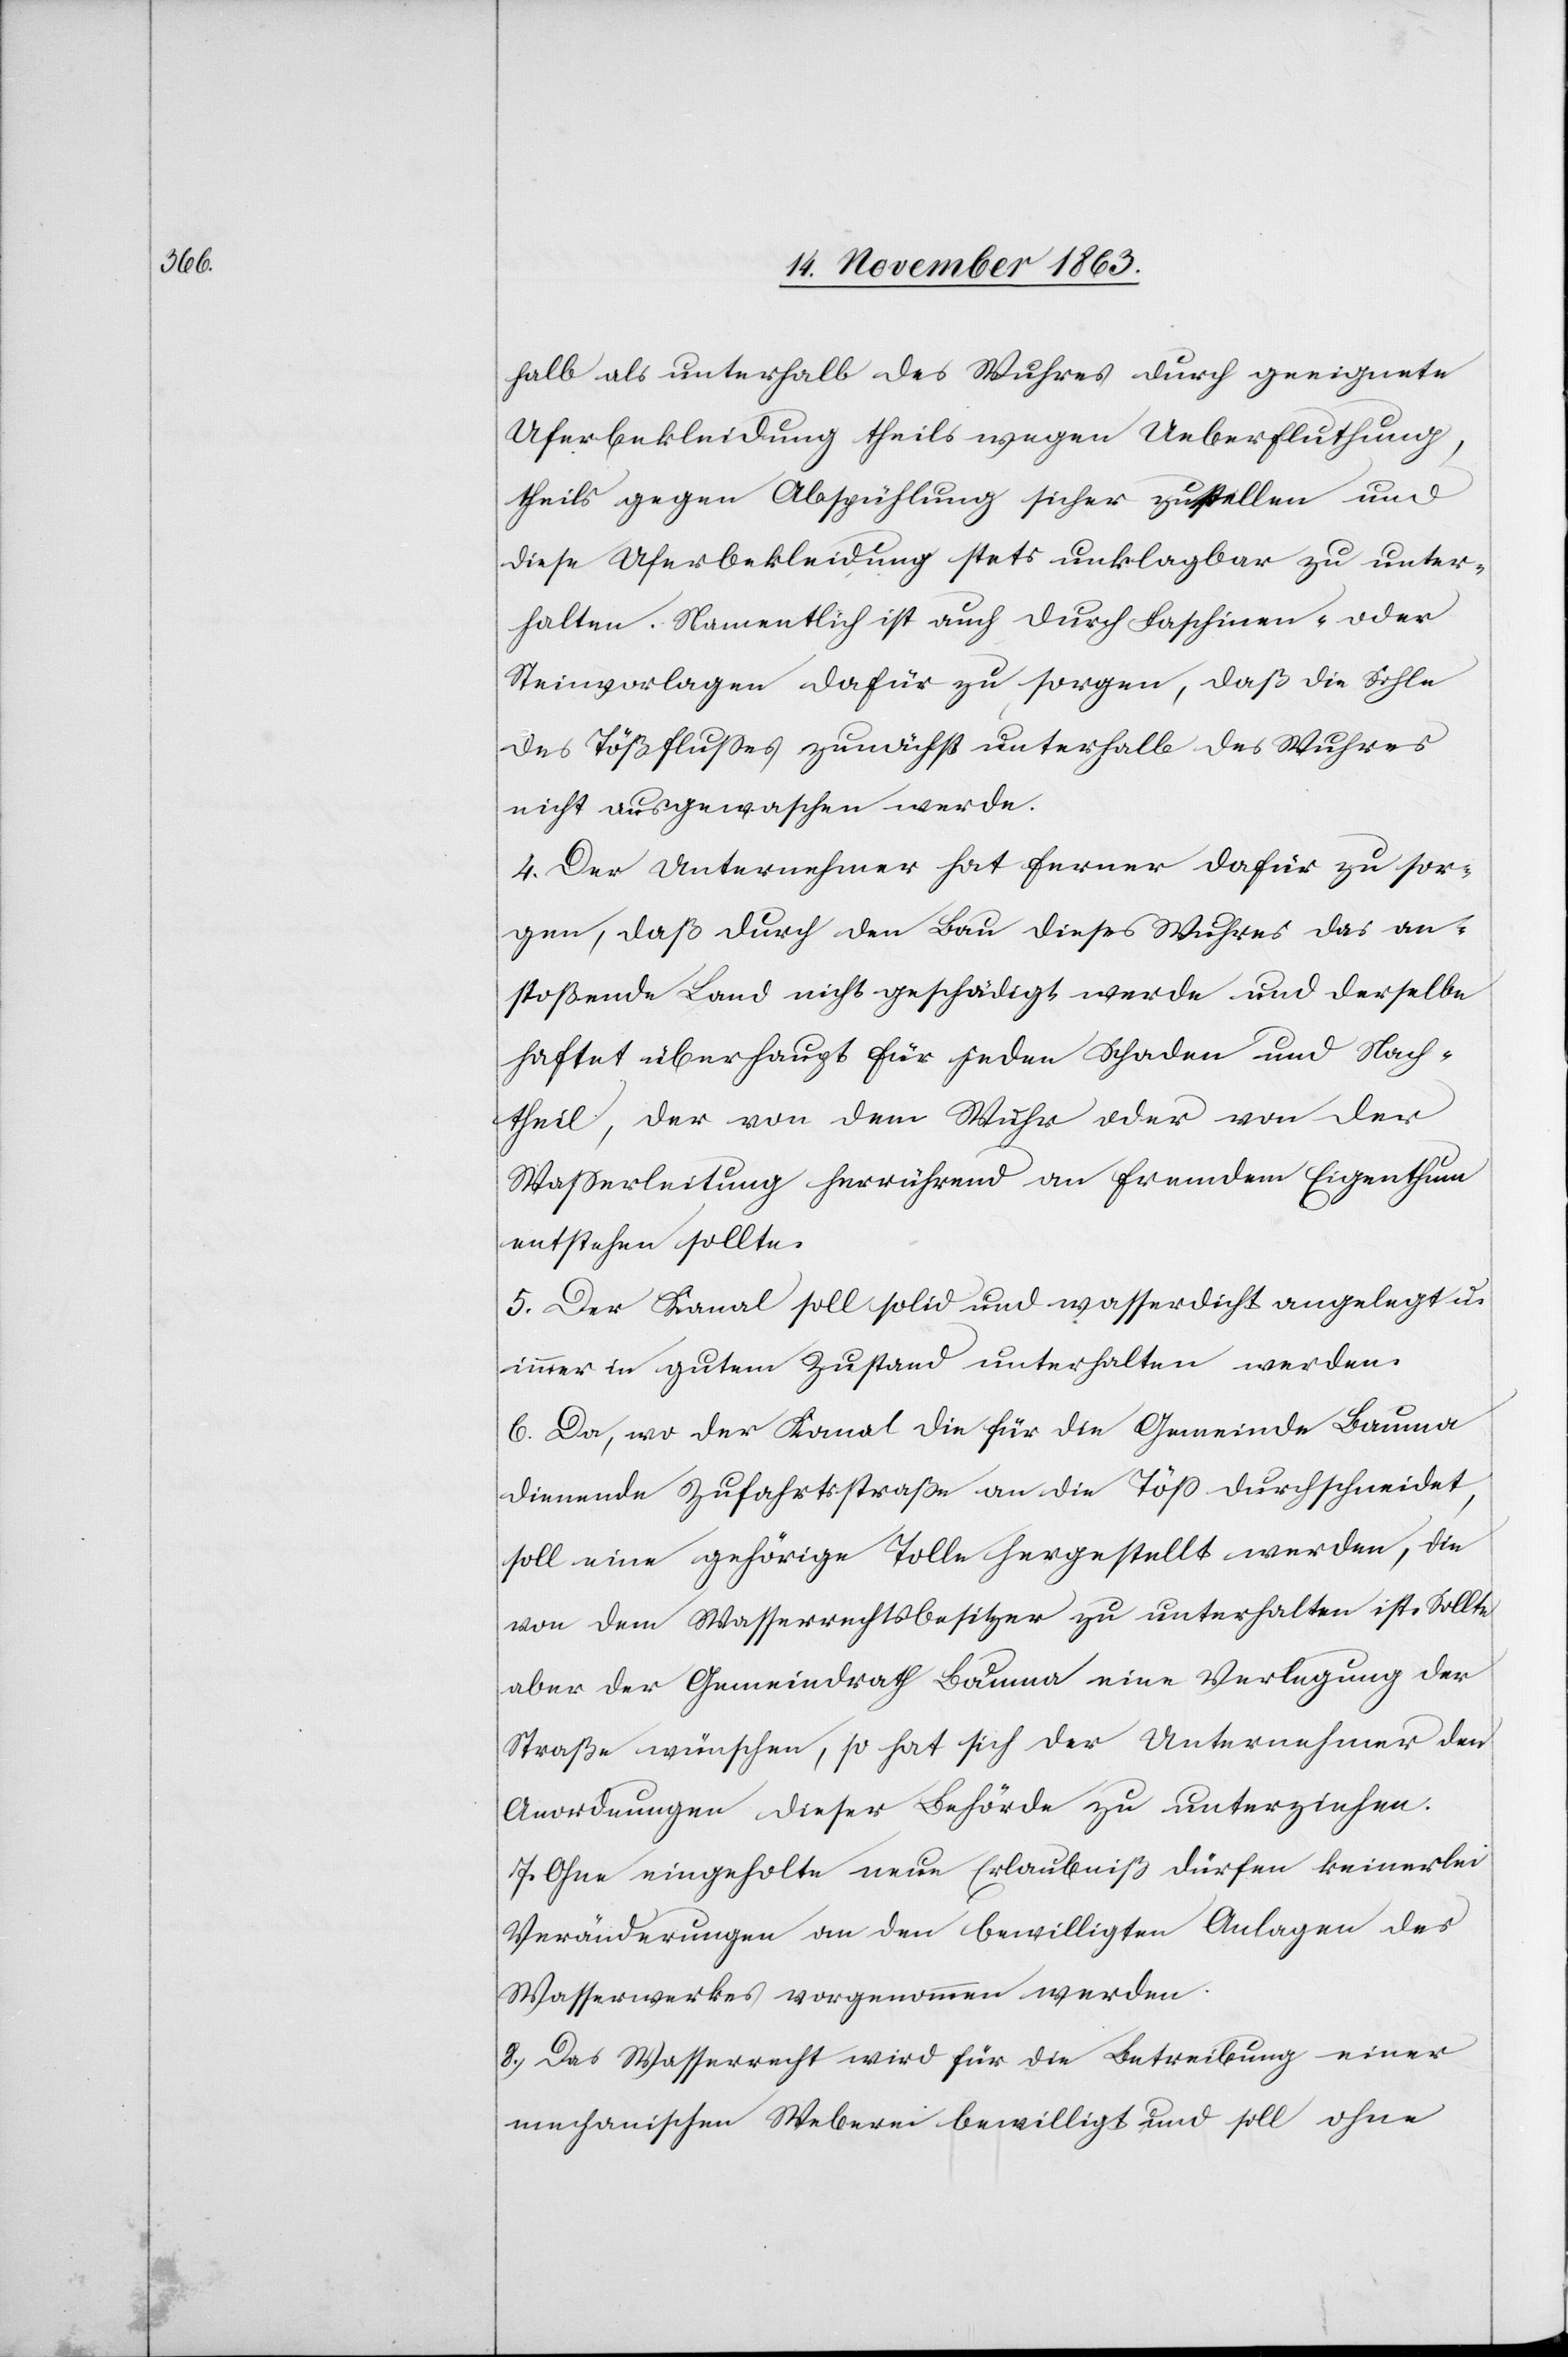
halb als unterhalb des Wuhres durch geeignete
Uferbekleidung theils wegen Ueberfluthung,
theils gegen Abspühlung sicher zu stellen und
diese Uferbekleidung stets unklagbar zu unter¬
halten. Namentlich ist auch durch Faschinen- oder
Steinvorlagen dafür zu sorgen, daß die Sohle
des Tößflusses zunächst unterhalb des Wuhres
nicht ausgewaschen werde.
4. Der Unternehmer hat ferner dafür zu sor¬
gen, daß durch den Bau dieses Wuhres das an¬
stoßende Land nicht geschädigt werde und derselbe
haftet überhaupt für jeden Schaden und Nach¬
theil, der von dem Wuhr oder von der
Wasserleitung herrührend an fremdem Eigenthum
entstehen sollte.
5. Der Kanal soll solid und wasserdicht angelegt u.
immer in gutem Zustand unterhalten werden.
6. Da, wo der Kanal die für die Gemeinde Bauma
dienende Zufahrtsstraße an die Töss durchschneidet,
soll eine gehörige Tolle hergestellt werden, die
von dem Wasserrechtsbesitzer zu unterhalten ist. Sollte
aber der Gemeindrath Bauma eine Verlegung der
Straße wünschen, so hat sich der Unternehmer den
Anordnungen dieser Behörde zu unterziehen.
7. Ohne eingeholte neue Erlaubniß dürfen keinerlei
Veränderungen an den bewilligten Anlagen des
Wasserwerkes vorgenommen werden.
8. Das Wasserrecht wird für die Betreibung einer
mechanischen Weberei bewilligt und soll ohne